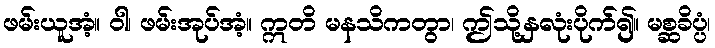
ဖမ်းယူအံ့။ ဝါ၊ ဖမ်းအုပ်အံ့။ ဣတိ မနသိကတွာ၊ ဤသို့နှလုံးပိုက်၍။ မစ္ဆခိပ္ပံ၊